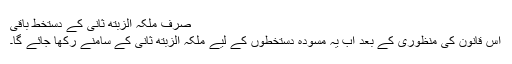
صرف ملکہ الزبتھ ثانی کے دستخط باقی
اس قانون کی منظوری کے بعد اب یہ مسودہ دستخطوں کے لیے ملکہ الزبتھ ثانی کے سامنے رکھا جائے گا۔